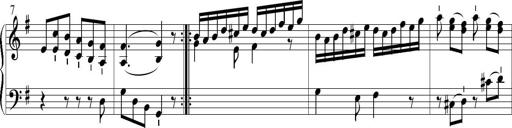
Title: 6 Leichte Sonatinen, Teil 1
Composer: F. Sigismund Sander